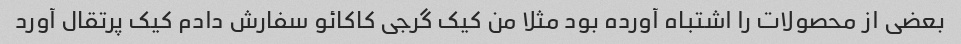
بعضی از محصولات را اشتباه آورده بود مثلا من کیک گرجی کاکائو سفارش دادم کیک پرتقال آورد